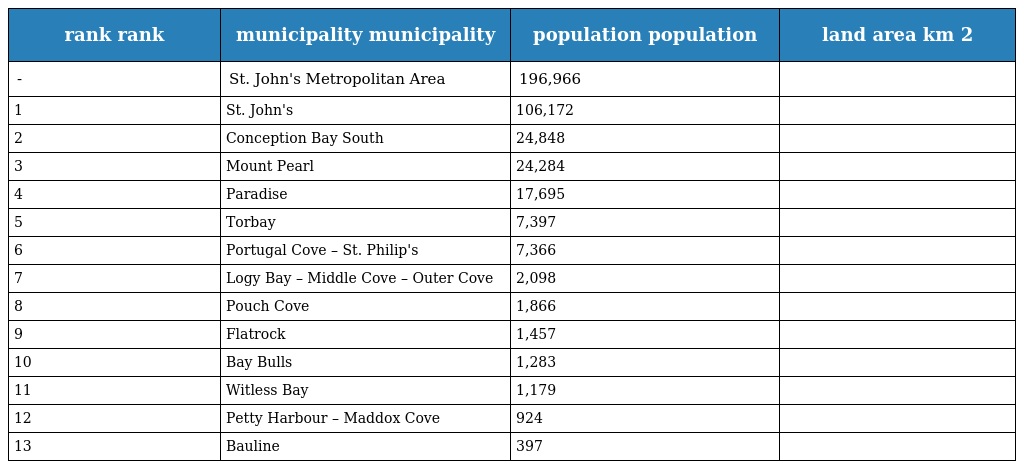
| rank rank | municipality municipality | population population | land area km 2 |
 | --- | --- | --- | --- |
 | - | St. John's Metropolitan Area | 196,966 |  |
 | 1 | St. John's | 106,172 |  |
 | 2 | Conception Bay South | 24,848 |  |
 | 3 | Mount Pearl | 24,284 |  |
 | 4 | Paradise | 17,695 |  |
 | 5 | Torbay | 7,397 |  |
 | 6 | Portugal Cove – St. Philip's | 7,366 |  |
 | 7 | Logy Bay – Middle Cove – Outer Cove | 2,098 |  |
 | 8 | Pouch Cove | 1,866 |  |
 | 9 | Flatrock | 1,457 |  |
 | 10 | Bay Bulls | 1,283 |  |
 | 11 | Witless Bay | 1,179 |  |
 | 12 | Petty Harbour – Maddox Cove | 924 |  |
 | 13 | Bauline | 397 |  |